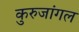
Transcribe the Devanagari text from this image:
कुरुजांगल